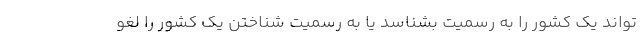
تواند یک کشور را به رسمیت بشناسد یا به رسمیت شناختن یک کشور را لغو